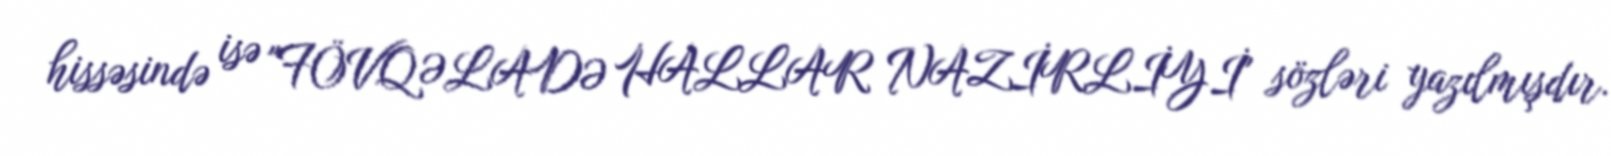
hissəsində isə "FÖVQƏLADƏ HALLAR NAZİRLİYİ" sözləri yazılmışdır.